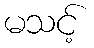
မသင့်